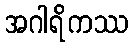
အဂါရိကဿ